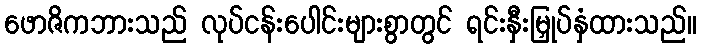
ဖောဇိကဘားသည် လုပ်ငန်းပေါင်းများစွာတွင် ရင်းနှီးမြှုပ်နှံထားသည်။